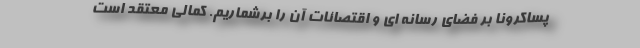
پساکرونا بر فضای رسانه ای و اقتصائات آن را برشماریم. کمالی معتقد است